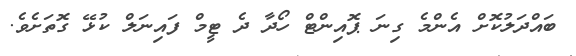
ބައްދަލުކޮށް އެންމެ ގިނަ ޕޮއިންޓް ހޯދާ ދެ ޓީމް ފައިނަލް ކުޅޭ ގޮތަށެވެ.